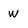
Character: w